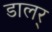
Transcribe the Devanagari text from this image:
डालर्